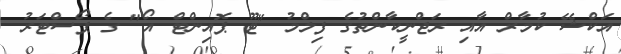
އަކްޝޭ ކުމާރް އާއި ރަޖްނީކާންތުގެ ފިލްމު "ޓޫ ޕޮއިންޓް އޯ" ގެ ޕޯސްޓަރު